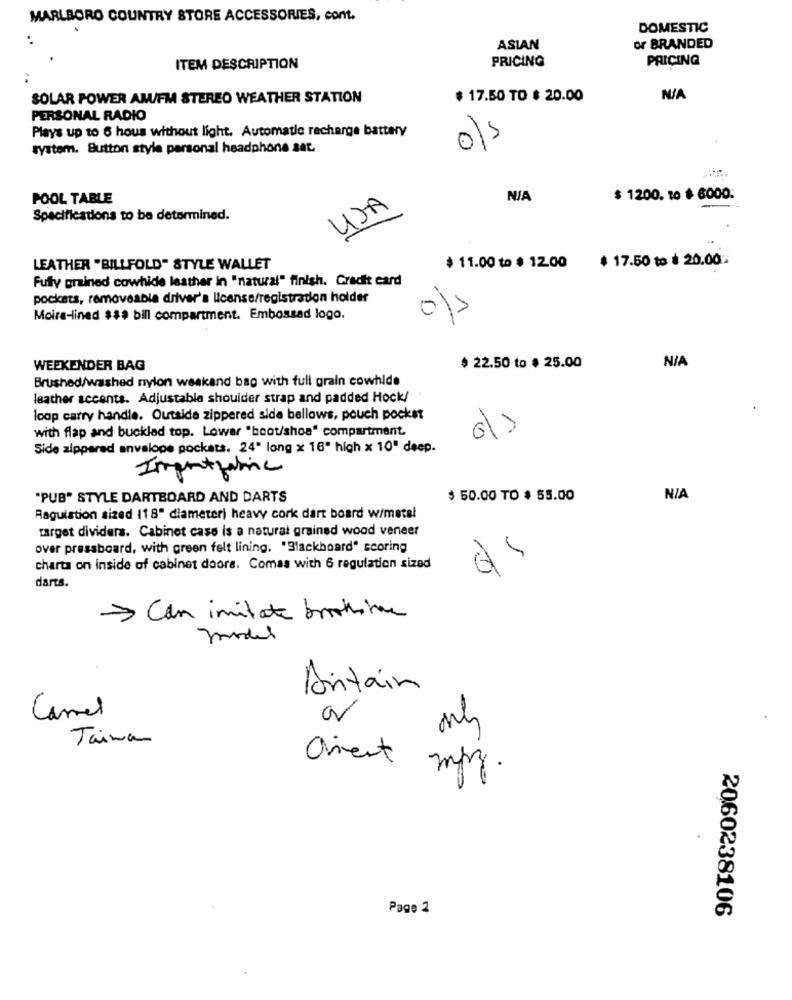
MARLBORO COUNTRY STORE ACCESSORIES, com.
DOMESTIC
ASIAN
or BRANDED
PRICING
PRICING
ITEM DESCRIPTION
SOLAR POWER AM/FM STEREO WEATHER STATION
$ 17.50 TO $ 20.00
PERSONAL RADIO
Plays up to 6 hous without light. Automatle recharge battery
system. Sutton style personal headphone sat.
POOL TABLE
$ 1200. 10 $ 6000.
UJA
Specifications to be determined.
$ 17.50 to $ 20.00.
LEATHER "BILLFOLD" STYLE WALLET
$ 11.00 to $ 1200
Fully grained cowhide leather in "natural" finish. Credit card
pockets, removeable driver's license/registration holder
Moira-lined $$$ bill compartment. Embossad logo.
-
WEEKENDER BAG
$ 22.50 to $ 25.00
Brushed/washed nylon weakand bag with full grain cowhlde
leather accents. Adjustable shoulder strap and padded Hock/
loop carry handle. Outside zippered side bellows, pouch pocket
with flap and buckled top. Lowar "boot/shoa" compartment.
Side zippered anvelope pockets. 24" long x 16" high x 10" deep.
Importzamie
"PUB" STYLE DARTBOARD AND DARTS
$ 50.00 TO $ 55.00
Raguistion sized (18" diameteri heavy cork dart board w/metal
target dividers. Cabinet case is a natural grained wood veneer
over pressboard, with green felt lining. "Blackboard" scoring
charta on inside of cabinet doors. Comas with 6 regulation sized
darts.
> Can imitate brookstone
model
Antain
Camel
Taina
Client
mpy .
.
Page 2
2060238106